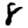
Digit: 8